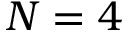
N = 4